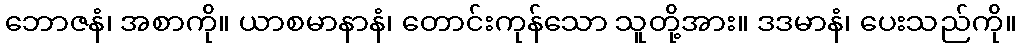
ဘောဇနံ၊ အစာကို။ ယာစမာနာနံ၊ တောင်းကုန်သော သူတို့အား။ ဒဒမာနံ၊ ပေးသည်ကို။